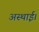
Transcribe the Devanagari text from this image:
अस्थाई।